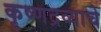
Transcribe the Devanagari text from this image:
कृष्णद्रव्याचे